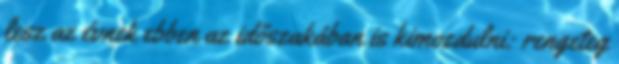
lesz az évnek ebben az időszakában is kimozdulni: rengeteg